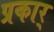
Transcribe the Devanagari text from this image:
प्रकार्